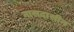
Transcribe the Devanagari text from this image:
नासदासीन